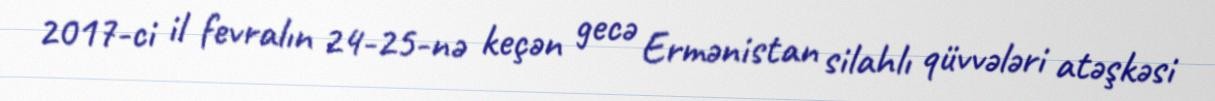
2017-ci il fevralın 24-25-nə keçən gecə Ermənistan silahlı qüvvələri atəşkəsi